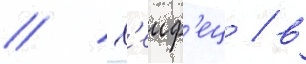
// Х'еиф'ец / в